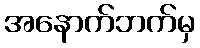
အနောက်ဘက်မှ